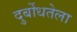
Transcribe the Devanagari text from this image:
दुर्बोधतेला